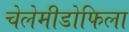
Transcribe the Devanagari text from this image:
चेलेमीडोफिला